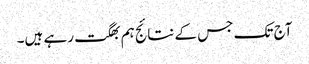
آج تک جس کے نتائج ہم بھگت رہے ہیں۔